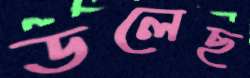
ডলেছ